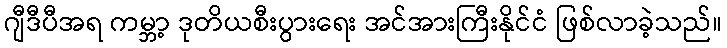
ဂျီဒီပီအရ ကမ္ဘာ့ ဒုတိယစီးပွားရေး အင်အားကြီးနိုင်ငံ ဖြစ်လာခဲ့သည်။